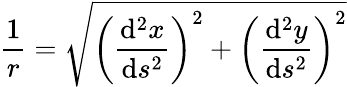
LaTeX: {\frac{1}{r}}={\sqrt{\left({\frac{\mathrm{d}^{2}x}{\mathrm{d}s^{2}}}\right)^{2}+\left({\frac{\mathrm{d}^{2}y}{\mathrm{d}s^{2}}}\right)^{2}}}